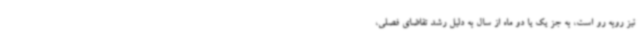
نیز روبه رو است، به جز یک یا دو ماه از سال به دلیل رشد تقاضای فصلی،